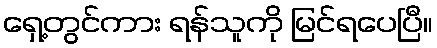
ရှေ့တွင်ကား ရန်သူကို မြင်ရပေပြီ။